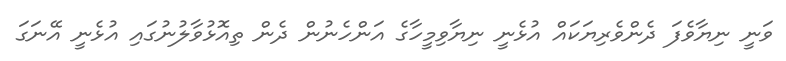
ވަނީ ނިޔާވެފަ ދެންވެރިޔަކައް އުޅެނީ ނިޔާވިމީހާގެ އަންހެނުން ދެން ތިއޮޅުވާލުނުގައި އުޅެނީ އޭނަގަ